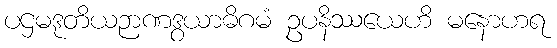
ပဌမဒုတိယဉာဏဒွယာဓိဂမံ ဥပနိဿယေဟိ မနောဟရ